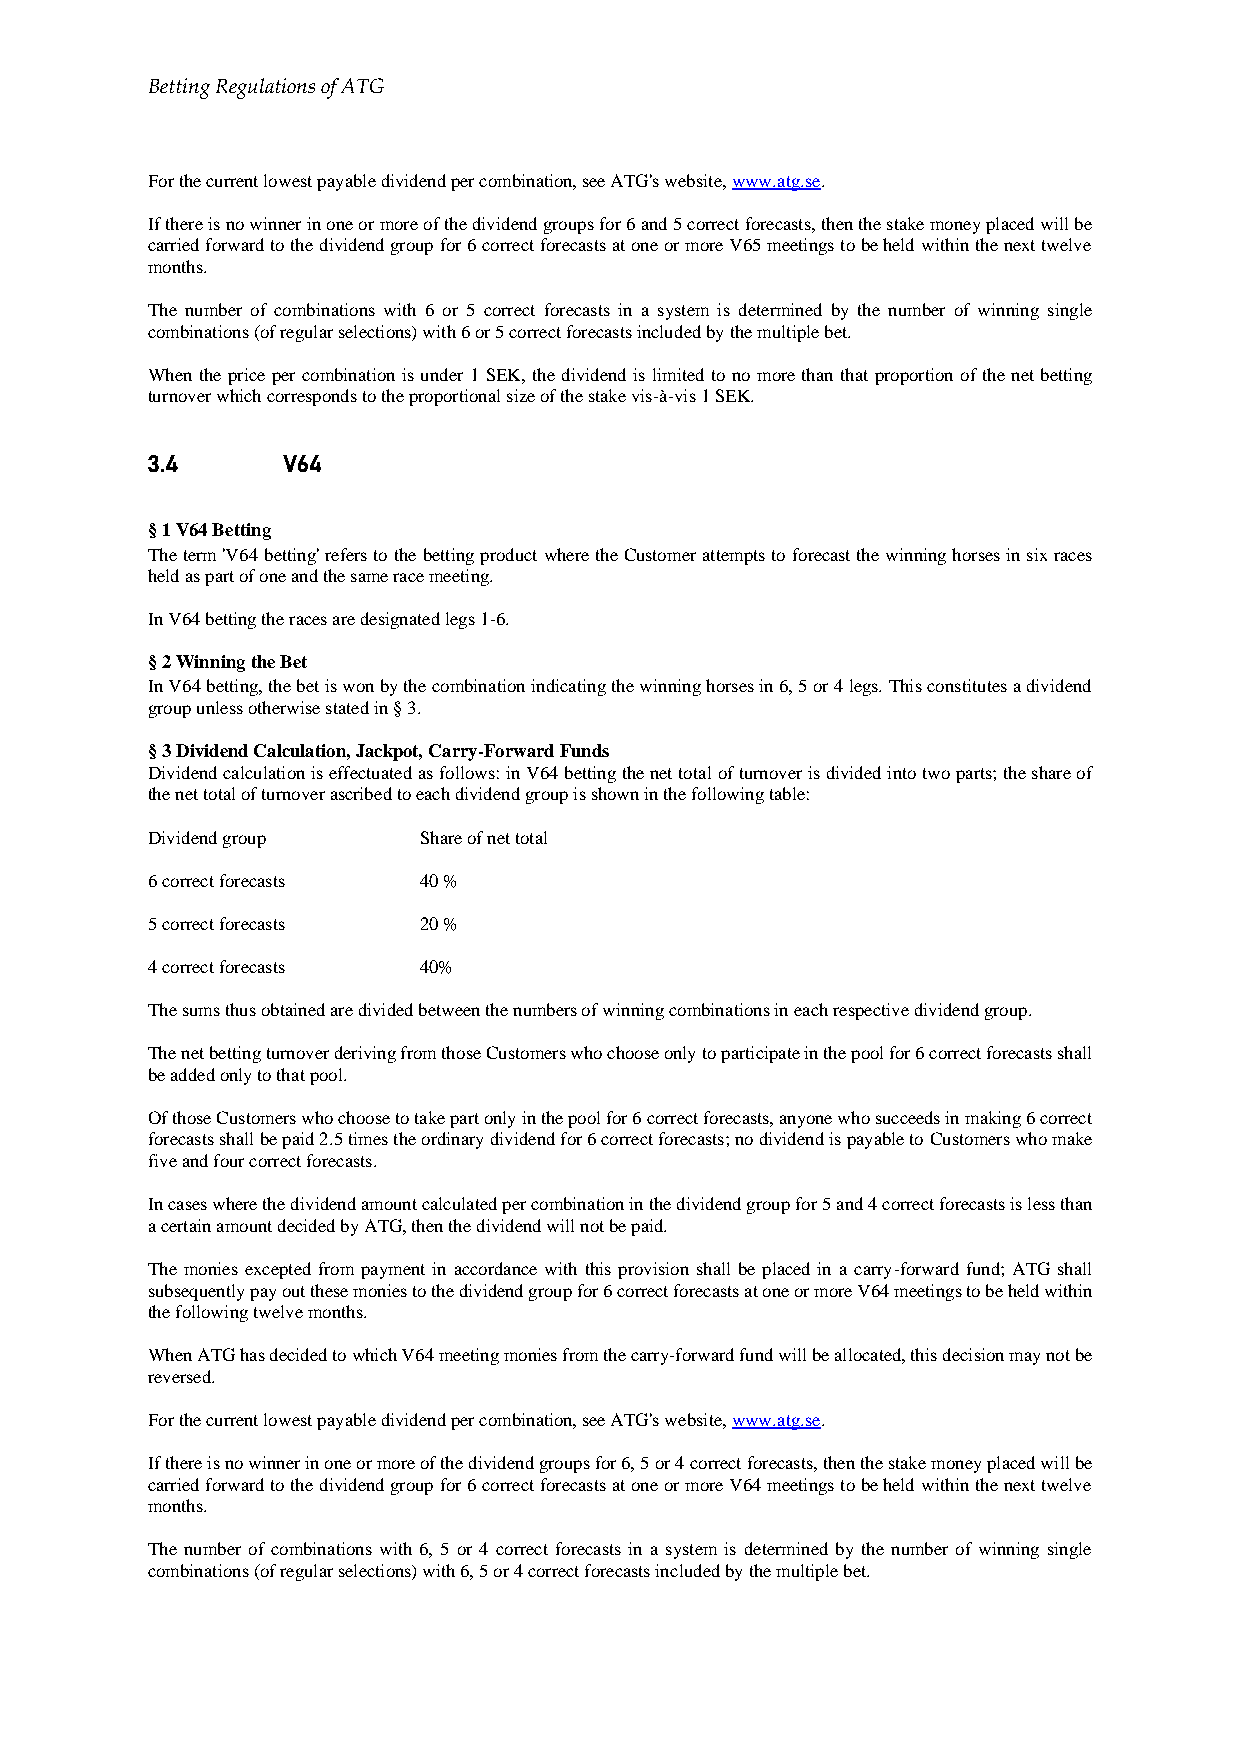
Betting Regulations of ATG
 For the current lowest payable dividend per combination, see ATG's website, www.atg.se.
 If there is no winner in one or more of the dividend groups for 6 and 5 correct forecasts, then the stake money placed will be
 carried forward to the dividend group for 6 correct forecasts at one or more V65 meetings to be held within the next twelve
 months.
 The number of combinations with 6 or 5 correct forecasts in a system is determined by the number of winning single
 combinations (of regular selections) with 6 or 5 correct forecasts included by the multiple bet.
 When the price per combination is under 1 SEK, the dividend is limited to no more than that proportion of the net betting
 turnover which corresponds to the proportional size of the stake vis-à-vis 1 SEK.
 3.4      V64
 § 1 V64 Betting
 The term 'V64 betting' refers to the betting product where the Customer attempts to forecast the winning horses in six races
 held as part of one and the same race meeting.
 In V64 betting the races are designated legs 1-6.
 § 2 Winning the Bet
 In V64 betting, the bet is won by the combination indicating the winning horses in 6, 5 or 4 legs. This constitutes a dividend
 group unless otherwise stated in § 3.
 § 3 Dividend Calculation, Jackpot, Carry-Forward Funds
 Dividend calculation is effectuated as follows: in V64 betting the net total of turnover is divided into two parts; the share of
 the net total of turnover ascribed to each dividend group is shown in the following table:
 Dividend group    Share of net total
 6 correct forecasts 40 %
 5 correct forecasts 20 %
 4 correct forecasts 40%
 The sums thus obtained are divided between the numbers of winning combinations in each respective dividend group.
 The net betting turnover deriving from those Customers who choose only to participate in the pool for 6 correct forecasts shall
 be added only to that pool.
 Of those Customers who choose to take part only in the pool for 6 correct forecasts, anyone who succeeds in making 6 correct
 forecasts shall be paid 2.5 times the ordinary dividend for 6 correct forecasts; no dividend is payable to Customers who make
 five and four correct forecasts.
 In cases where the dividend amount calculated per combination in the dividend group for 5 and 4 correct forecasts is less than
 a certain amount decided by ATG, then the dividend will not be paid.
 The monies excepted from payment in accordance with this provision shall be placed in a carry-forward fund; ATG shall
 subsequently pay out these monies to the dividend group for 6 correct forecasts at one or more V64 meetings to be held within
 the following twelve months.
 When ATG has decided to which V64 meeting monies from the carry-forward fund will be allocated, this decision may not be
 reversed.
 For the current lowest payable dividend per combination, see ATG's website, www.atg.se.
 If there is no winner in one or more of the dividend groups for 6, 5 or 4 correct forecasts, then the stake money placed will be
 carried forward to the dividend group for 6 correct forecasts at one or more V64 meetings to be held within the next twelve
 months.
 The number of combinations with 6, 5 or 4 correct forecasts in a system is determined by the number of winning single
 combinations (of regular selections) with 6, 5 or 4 correct forecasts included by the multiple bet.